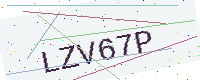
Text: LZV67P